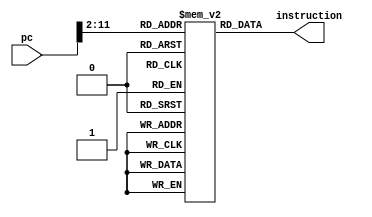
module im(instruction,pc);

output [31:0] instruction;
input [31:0] pc;

reg [31:0] ins_memory[1023:0]; //4k
//impc324kB
//pc12

wire [11:0] low12bit;

assign low12bit=pc[11:2];//pc
assign instruction=ins_memory[low12bit];

endmodule